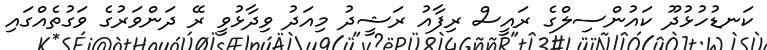
ކަނޑުހުޅުދޫ ކައުންސިލްގެ ރައީސް ރިފާއު ރަޝީދު މިއަދު ވިދާޅުވީ ރޭ ދަންވަރުގެ ވަގުތެއްގައި